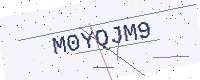
Text: M0YQJM9